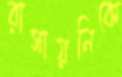
রাসায়নিকে